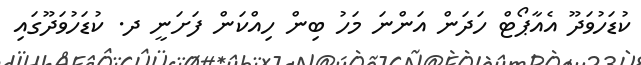
ކުޑަހުވަދޫ އެއާޕޯޓް ހަދަން އަންނަ މަހު ބިން ހިއްކަން ފަށަނީ ދ. ކުޑަހުވަދޫގައި